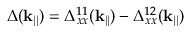
\Delta ( \mathbf { k } _ { | | } ) = \Delta _ { x x } ^ { 1 1 } ( \mathbf { k } _ { | | } ) - \Delta _ { x x } ^ { 1 2 } ( \mathbf { k } _ { | | } )